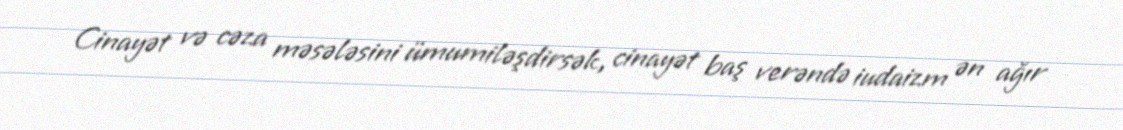
Cinayət və cəza məsələsini ümumiləşdirsək, cinayət baş verəndə iudaizm ən ağır